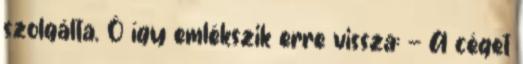
szolgálta. Ô így emlékszik erre vissza: — A céget